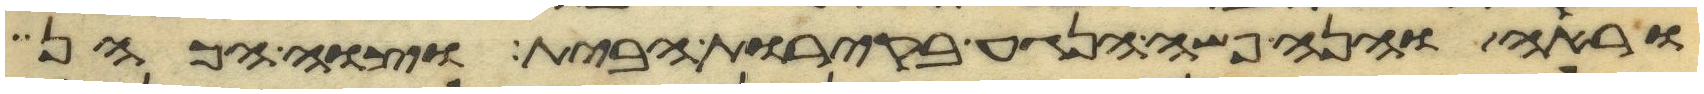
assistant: וראה והנה פשה הנגע בקירות הבית וצוה הכהן